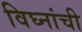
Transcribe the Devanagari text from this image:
विघ्नांची